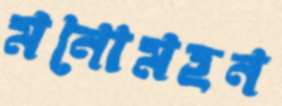
মনোমহন